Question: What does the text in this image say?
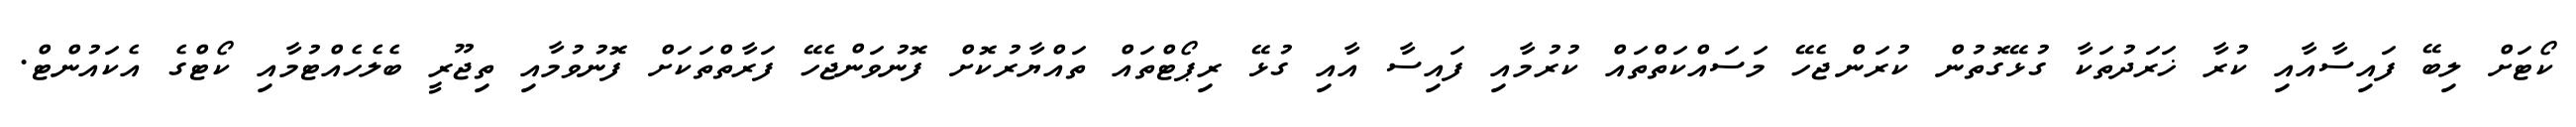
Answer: ކޯޓަށް ލިބޭ ފައިސާއާއި ކުރާ ޚަރަދުތަކާ ގުޅޭގޮތުން ކުރަންޖެހޭ މަސައްކަތްތައް ކުރުމާއި ފައިސާ އާއި ގުޅޭ ރިޕޯޓްތައް ތައްޔާރުކޮށް ފޮނުވަންޖެހޭ ފަރާތްތަކަށް ފޮނުވުމާއި ތިޖޫރީ ބެލެހެއްޓުމާއި ކޯޓްގެ އެކައުންޓް.